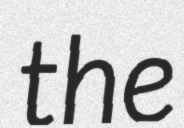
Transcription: the